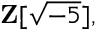
\mathbf { Z } [ { \sqrt { - 5 } } ] ,